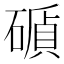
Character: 𥕫